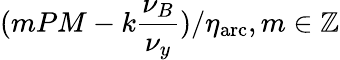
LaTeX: (mPM-k\frac{\nu_{B}}{\nu_{y}})/\eta_{\mathrm{arc}},m\in\mathbb{Z}